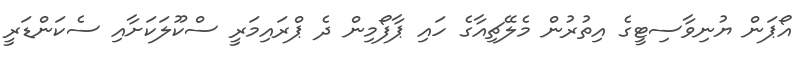
އޯޕަން ޔުނިވާސިޓީގެ އިތުރުން މެލޭޗިއާގެ ހައި ޕާފޯމިން ދެ ޕްރައިމަރީ ސްކޫލަކަށާއި ސެކަންޑަރީ